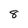
Character: 8